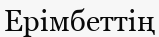
Ерімбеттің